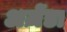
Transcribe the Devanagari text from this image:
अज़ेंडा